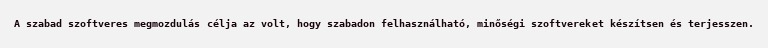
A szabad szoftveres megmozdulás célja az volt, hogy szabadon felhasználható, minőségi szoftvereket készítsen és terjesszen.